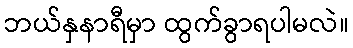
ဘယ်နှနာရီမှာ ထွက်ခွာရပါမလဲ။